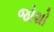
જોશો